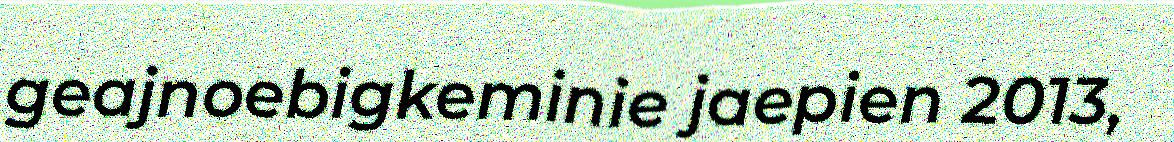
geajnoebigkeminie jaepien 2013,